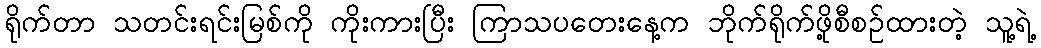
ရိုက်တာ သတင်းရင်းမြစ်ကို ကိုးကားပြီး ကြာသပတေးနေ့က ဘိုက်ရိုက်ဖို့စီစဉ်ထားတဲ့ သူ့ရဲ့